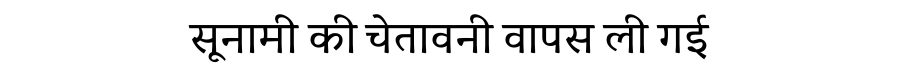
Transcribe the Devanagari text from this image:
सूनामी की चेतावनी वापस ली गई